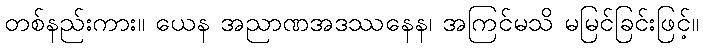
တစ်နည်းကား။ ယေန အညာဏအဒဿနေန၊ အကြင်မသိ မမြင်ခြင်းဖြင့်။